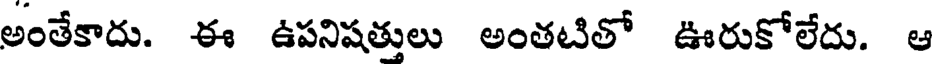
అంతేకాదు. ఈ ఉపనిషత్తులు అంతటితో ఊరుకోలేదు. ఆ